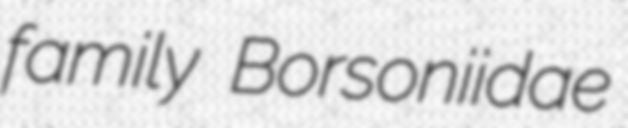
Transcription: family Borsoniidae